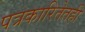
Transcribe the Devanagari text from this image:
पत्रकारितेतही